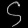
Digit: ၄